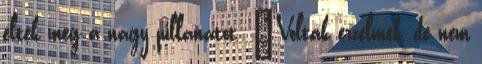
élték meg a nagy pillanatot. „Voltak érzelmek, de nem